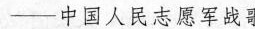
——中国人民志愿军战歌)